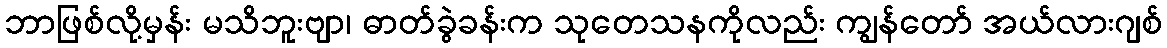
ဘာဖြစ်လို့မှန်း မသိဘူးဗျာ၊ ဓာတ်ခွဲခန်းက သုတေသနကိုလည်း ကျွန်တော် အယ်လားဂျစ်